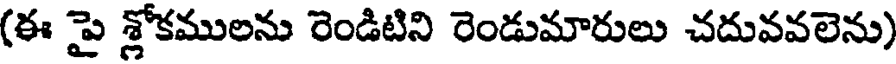
(ఈ పై శ్లోకములను రెండిటిని రెండుమారులు చదువవలెను)